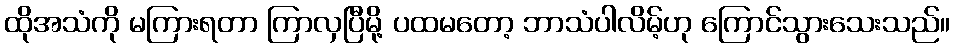
ထိုအသံကို မကြားရတာ ကြာလှပြီမို့ ပထမတော့ ဘာသံပါလိမ့်ဟု ကြောင်သွားသေးသည်။